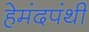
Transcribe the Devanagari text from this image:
हेमंदपंथी